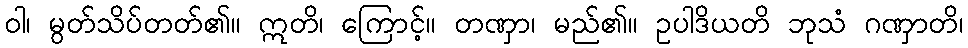
ဝါ၊ မွတ်သိပ်တတ်၏။ ဣတိ၊ ကြောင့်။ တဏှာ၊ မည်၏။ ဥပါဒိယတိ ဘုသံ ဂဏှာတိ၊